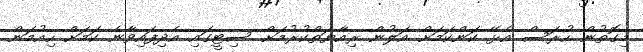
މިގޮތުން ހުރަސް އެޅޭ ކަންކަމަށް އަލުން ރިއާޔަތްކުރުމަށް ސިޓީގައި އެދިފައިވާނެ ކަމަށް ހިއުމަން